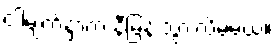
ငါ့မျက်နှာက နီမြန်းသွားလိမ့်မယ်။